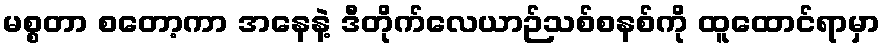
မစ္စတာ စတော့ကာ အနေနဲ့ ဒီတိုက်လေယာဉ်သစ်စနစ်ကို ထူထောင်ရာမှာ